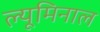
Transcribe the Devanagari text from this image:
ल्यूमिनाल